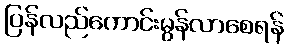
ပြန်လည်ကောင်းမွန်လာစေရန်